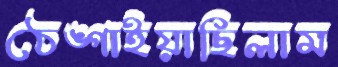
ঠেঙ্গাইয়াছিলাম